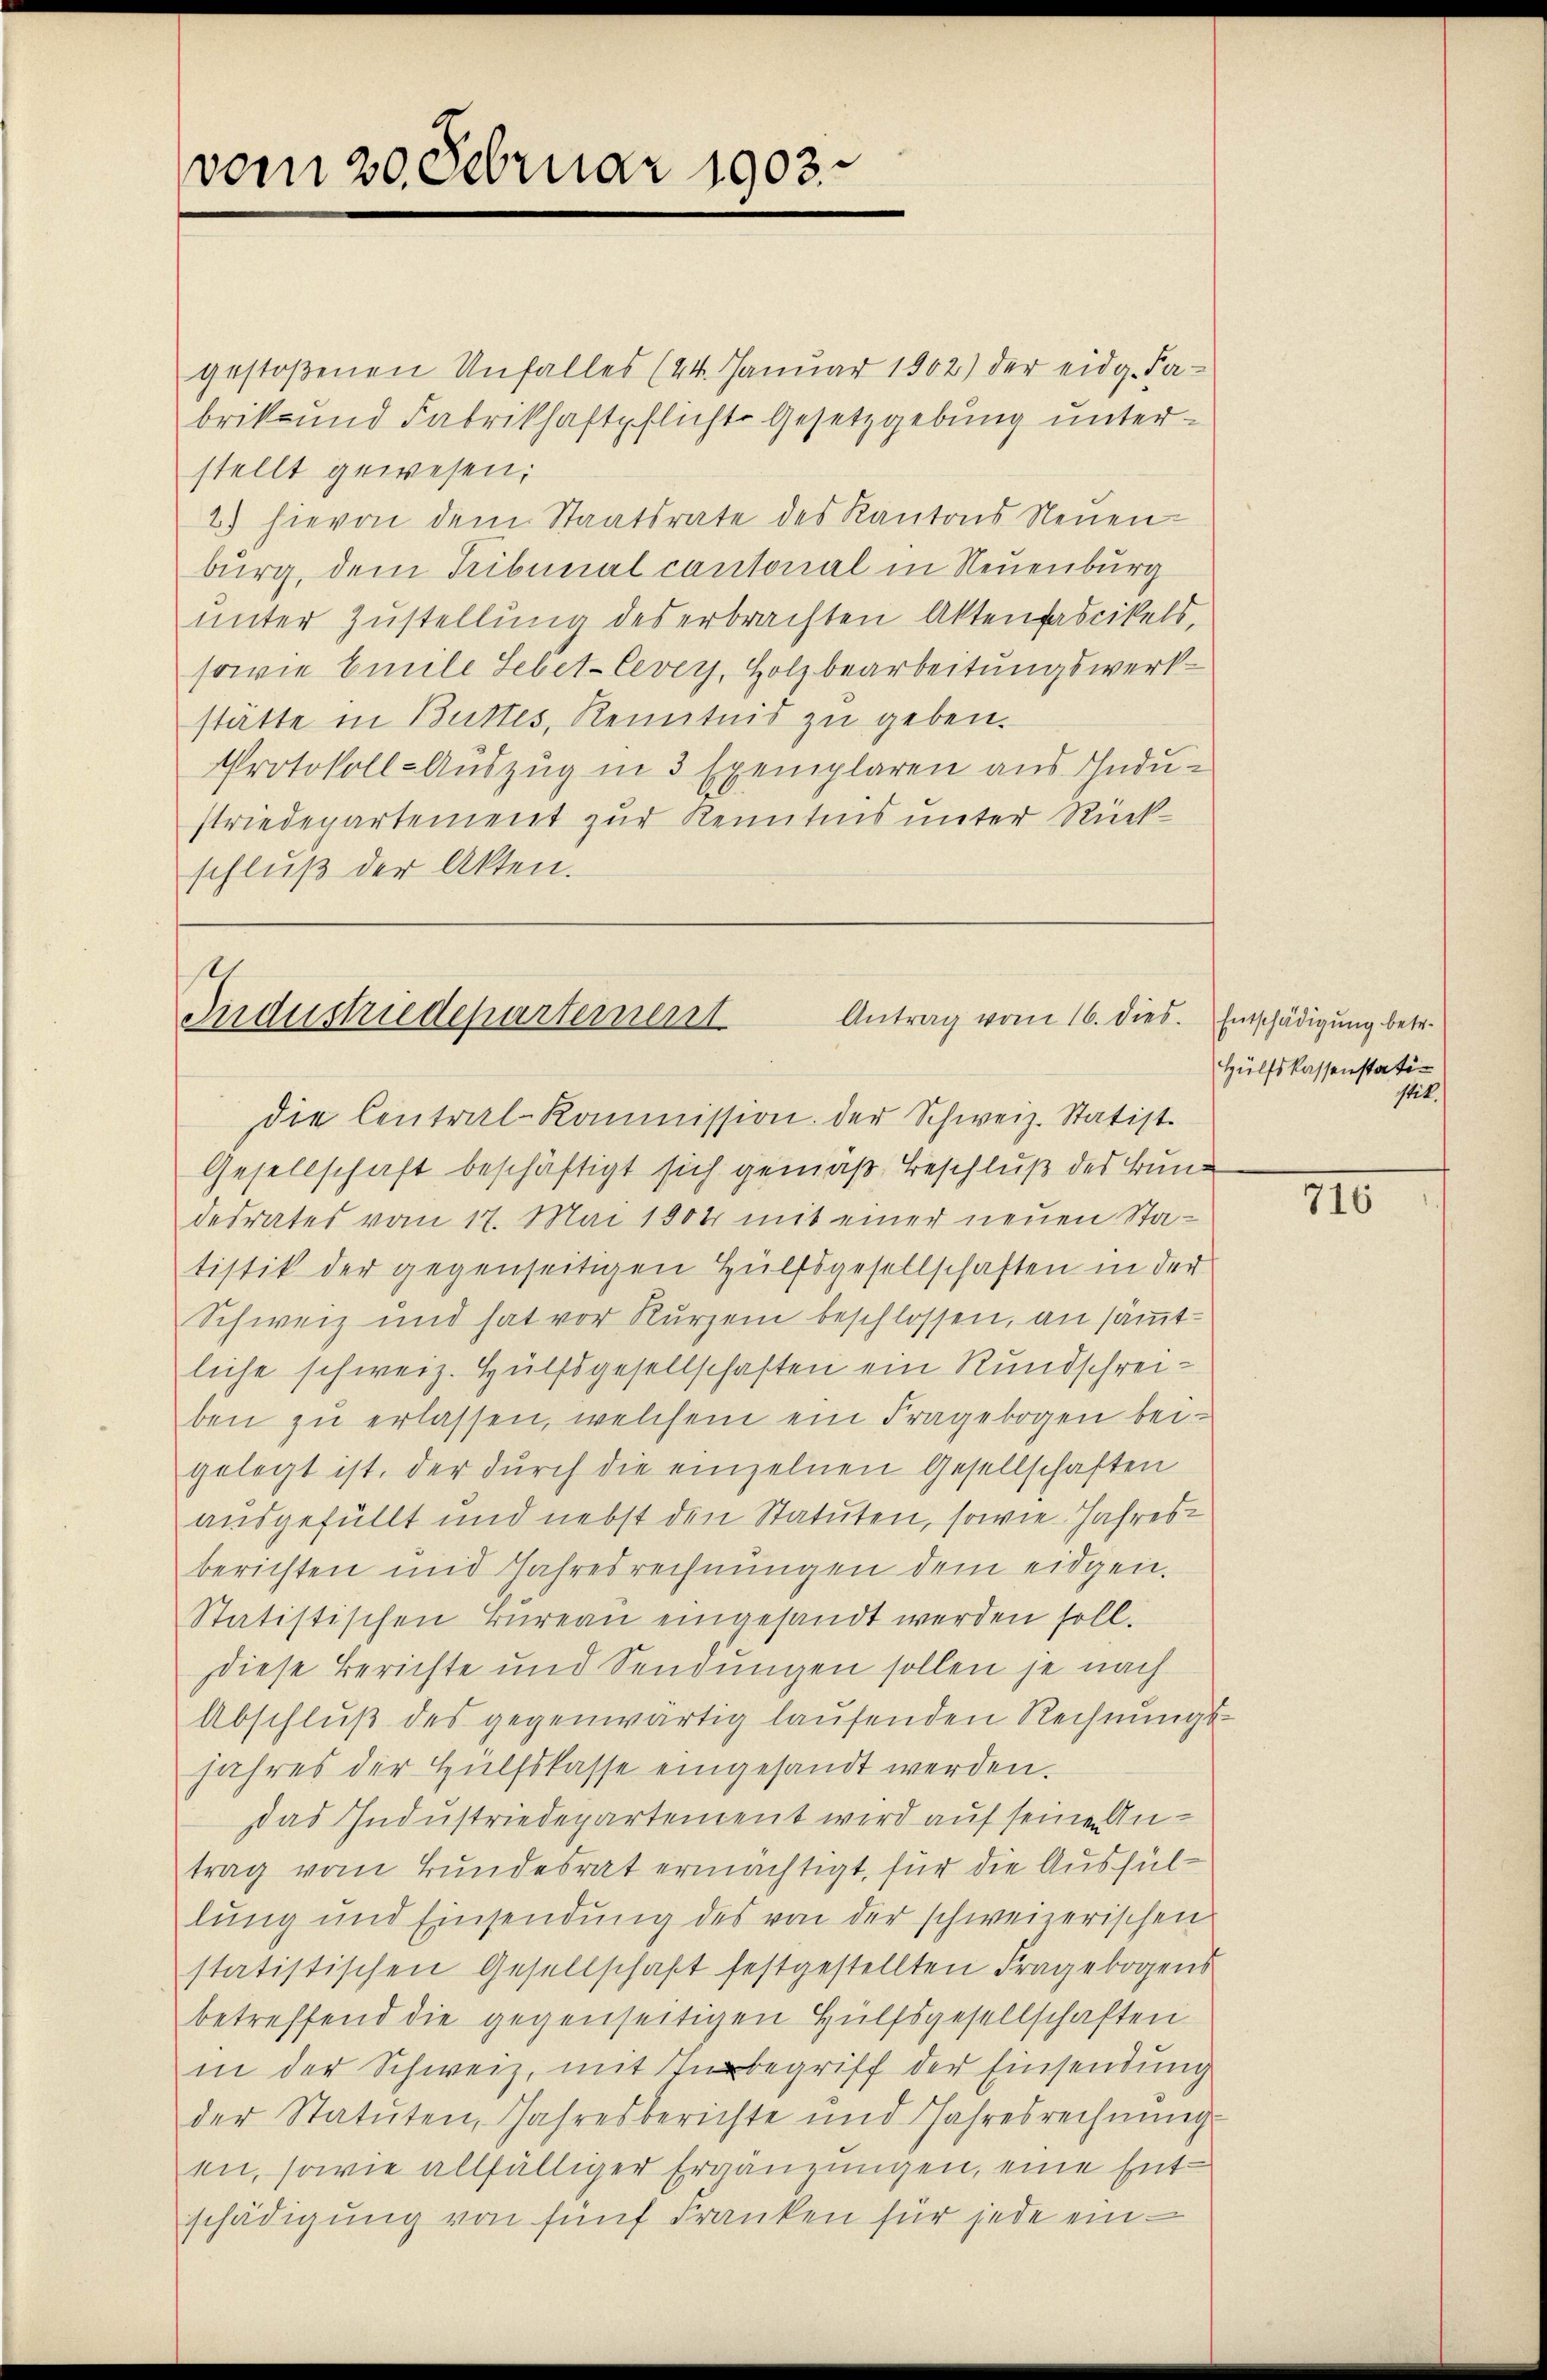
vom 20. Februar 1903.

gestoßenen Unfalles (24. Janŭar 1902) der eidg. Fa-
brik- und Fabrikhaftpflichte Gesetzgebung unterstellt gewesen;
1) hievon dem Staatsrate des Kantons Neuen-
burg, dem Tribunal cantonal in Neuenburg
unter Zustellung des erbrachten Aktenfascikels,
sowie Emile Lebet-Cevers, Holzbearbeitungswerkstätte in Buttes, Kenntnis zu geben.
Protokoll-Auszug in 3 Exemplaren aus Industriedepartement zur Kenntnis unter Rückschlŭβ der Akten.

Antrag vom 16. dies. Entschädigung betr.
Industriedepartement

die Central-Kommission der Schweiz. Statist.
Gesellschaft beschäftigt sich gemäß Beschluß des Bun
desrates vom 17. Mai 1804 mit einer neuen Statistik der gegenseitigen Hülfsgesellschaften in der
Schweiz und hat vor Kurzem beschlossen, an sämtliche schweiz. Hülfsgesellschaften ein Rundschreiben zu erlassen, welchem ein Fragebogen bei
gelegt ist, der durch die einzelnen Gesellschaften
ausgefüllt und nebst den Statuten, sowie Jahresberichten und Jahresrechnungen dem eidgen.
Statistischen Bureau eingesandt werden soll.
Diese Berichte und Sendungen sollen je nach
Abschluß des gegenwärtig laufenden Rechnungs¬
Jahres der Hülfskasse eingesandt werden.
Das Industriedepartement wird auf seine Antrag vom Bundesrat ermächtigt, für die Ausfüllung und Einsendung des von der schweizerischen
statistischen Gesellschaft festgestellten Fragebogens
betreffend die gegenseitigen Hülfsgesellschaften
in der Schweiz, mit Nubegriff der Einsendung
der Statuten, Jahresberichte und Jahresrechnŭng
en, sowie allfälliger Ergänzungen, eine Entschädigung von fünf Franken für jede ein¬

Hülfskassenstatistit.

710